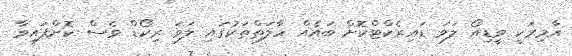
އާމިރަކީ ވީޑިއޯ ލަވަ ޑައިރެކްޓްކޮށް ބައެއް ހާލަތްތަކުގައި ލަވަ ރިކޯޑް ވެސް ކޮށްފައިވާ